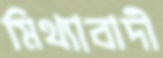
মিথ্যাবাদী